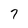
Character: 7